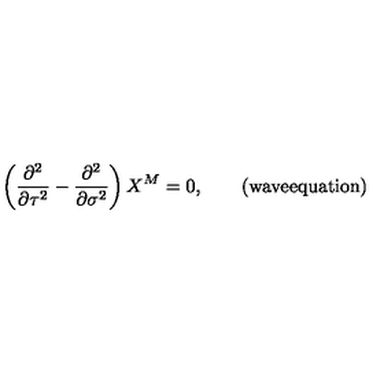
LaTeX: \left( \frac { \partial ^ { 2 } } { \partial \tau ^ { 2 } } - \frac { \partial ^ { 2 } } { \partial \sigma ^ { 2 } } \right) X ^ { M } = 0 , \qquad ( \mathrm { w a v e e q u a t i o n } )